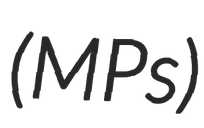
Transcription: (MPs)